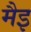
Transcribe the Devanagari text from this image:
मैइ